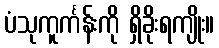
ပံသုကူင်္ကန်းကို ရှိခိုးရကျိုး။